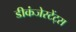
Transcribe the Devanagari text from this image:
डीकंजेस्टेंट्स